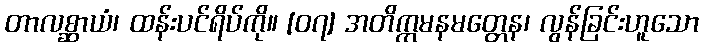
တာလစ္ဆာယံ၊ ထန်းပင်ရိပ်ကို။ [၀၇] အတိက္ကမနမတ္တေန၊ လွန်ခြင်းဟူသော